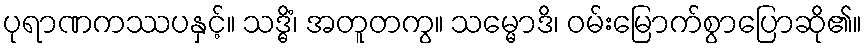
ပုရာဏကဿပနှင့်။ သဒ္ဓိံ၊ အတူတကွ။ သမ္မောဒိ၊ ဝမ်းမြောက်စွာပြောဆို၏။